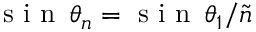
\mathrm { ~ s ~ i ~ n ~ } \, \theta _ { n } = \mathrm { ~ s ~ i ~ n ~ } \, \theta _ { 1 } / \tilde { n }